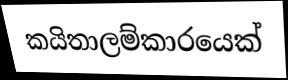
කයිතාලම්කාරයෙක්